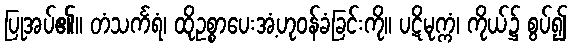
ပြုအပ်၏။ တံသင်္ကရံ၊ ထိုဥစ္စာပေးအံ့ဟုဝန်ခံခြင်းကို။ ပဋိမုက္ကံ၊ ကိုယ်၌ စွပ်၍